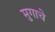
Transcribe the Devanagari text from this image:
मुगाचे